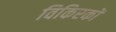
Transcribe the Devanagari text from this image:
विकिरकों